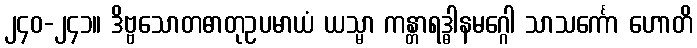
၂၄၀-၂၄၁။ ဒိဗ္ဗသောတဓာတုဥပမာယံ ယသ္မာ ကန္တာရဒ္ဓါနမဂ္ဂေါ သာသင်္ကော ဟောတိ